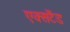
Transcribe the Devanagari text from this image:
एक्सटैंड